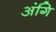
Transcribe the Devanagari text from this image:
अंगि